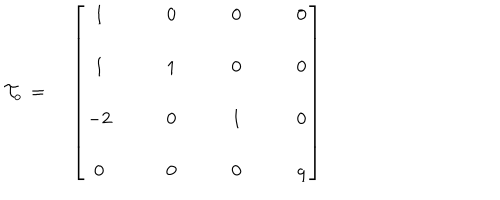
LaTeX: { \cal T } _ { o } \, = \, \quad \left[ \begin{array} { c c c c } { { 1 } } & { { \qquad 0 } } & { { \qquad 0 } } & { { \qquad 0 } } \\ { { } } & { { } } & { { } } & { { } } \\ { { 1 } } & { { \qquad 1 } } & { { \qquad 0 } } & { { \qquad 0 } } \\ { { } } & { { } } & { { } } & { { } } \\ { { - 2 } } & { { \qquad 0 } } & { { \qquad 1 } } & { { \qquad 0 } } \\ { { } } & { { } } & { { } } & { { } } \\ { { 0 } } & { { \qquad 0 } } & { { \qquad 0 } } & { { \qquad q } } \\ \end{array} \right] \hphantom { x x x x x x x x x x x x x x x x x x }